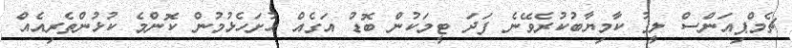
ޗެމްޕިއަންސް ލީގު ކާމިޔާބުކުރެވޭނެ ފަދަ ޓީމަކުން ބޮޑު އަގެއް ހުށަހެޅުމުން ކޮންމެ ކުޅުންތެރިއެއް